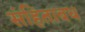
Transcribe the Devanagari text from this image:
संहिताबध